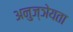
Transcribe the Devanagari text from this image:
अनुज्ञेयता